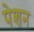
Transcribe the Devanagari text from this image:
पेशन